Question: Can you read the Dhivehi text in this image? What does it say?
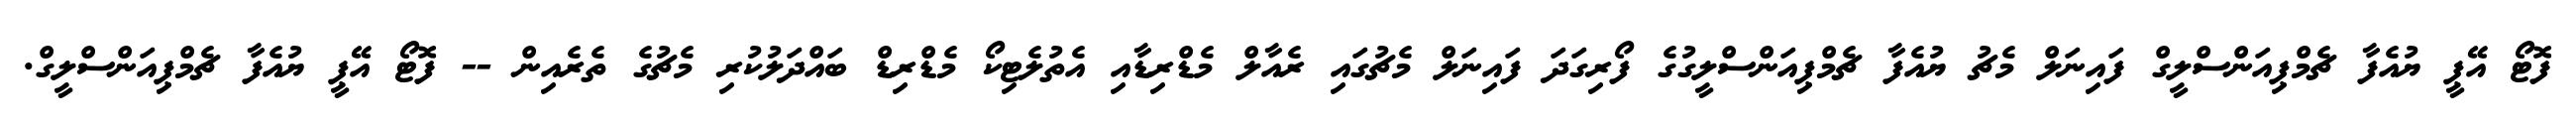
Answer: ފޮޓޯ އޭޕީ ޔުއެފާ ޗެމްޕިއަންސްލީގް ފައިނަލް މެޗު ޔުއެފާ ޗެމްޕިއަންސްލީގުގެ ފޯރިގަދަ ފައިނަލް މެޗުގައި ރެއާލް މެޑްރިޑާއި އެތުލެޓިކޯ މެޑްރިޑް ބައްދަލުކުރި މެޗުގެ ތެރެއިން -- ފޮޓޯ އޭޕީ ޔުއެފާ ޗެމްޕިއަންސްލީގް.